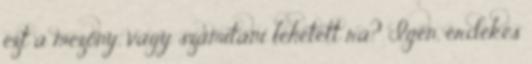
ezt a mezőny, vagy számítani lehetett rá? Igen, érdekes